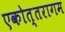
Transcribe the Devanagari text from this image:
एकोत्तरागम